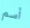
أسم